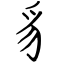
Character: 豸